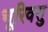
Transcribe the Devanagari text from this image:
भूरिवसु